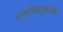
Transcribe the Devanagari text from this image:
वर्षांपासूनच्या